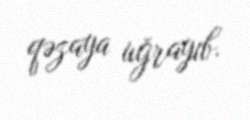
qəzaya uğrayıb.